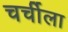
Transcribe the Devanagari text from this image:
चर्चीला